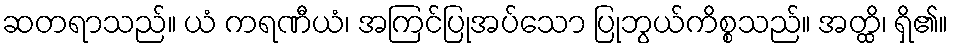
ဆတရာသည်။ ယံ ကရဏီယံ၊ အကြင်ပြုအပ်သော ပြုဘွယ်ကိစ္စသည်။ အတ္ထိ၊ ရှိ၏။